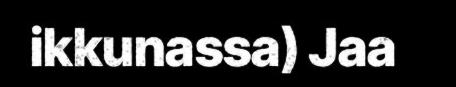
ikkunassa) Jaa